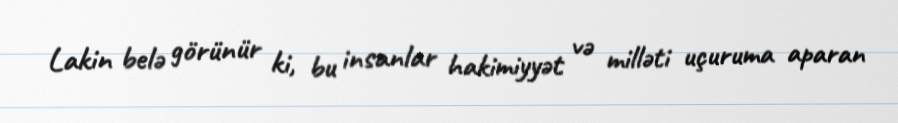
Lakin belə görünür ki, bu insanlar hakimiyyət və milləti uçuruma aparan